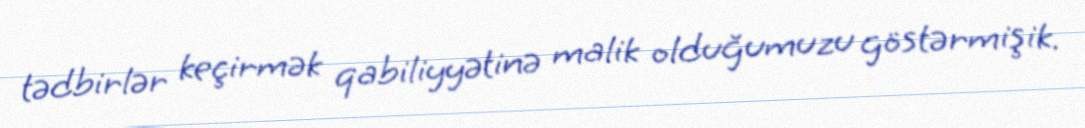
tədbirlər keçirmək qabiliyyətinə malik olduğumuzu göstərmişik.